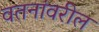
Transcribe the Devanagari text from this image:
वतनांवरील